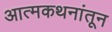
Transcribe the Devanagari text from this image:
आत्मकथनांतून